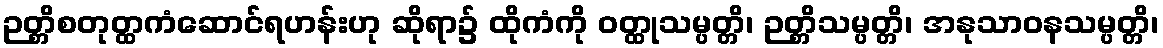
ဉတ္တိစတုတ္ထကံဆောင်ရဟန်းဟု ဆိုရာ၌ ထိုကံကို ဝတ္ထုသမ္ပတ္တိ၊ ဉတ္တိသမ္ပတ္တိ၊ အနုသာဝနသမ္ပတ္တိ၊